Report on sanitation, dispensaries, and jails in Rajputana for 1916, and on vaccination for the year 1916-1917 - 1916-1917
Year: 1916
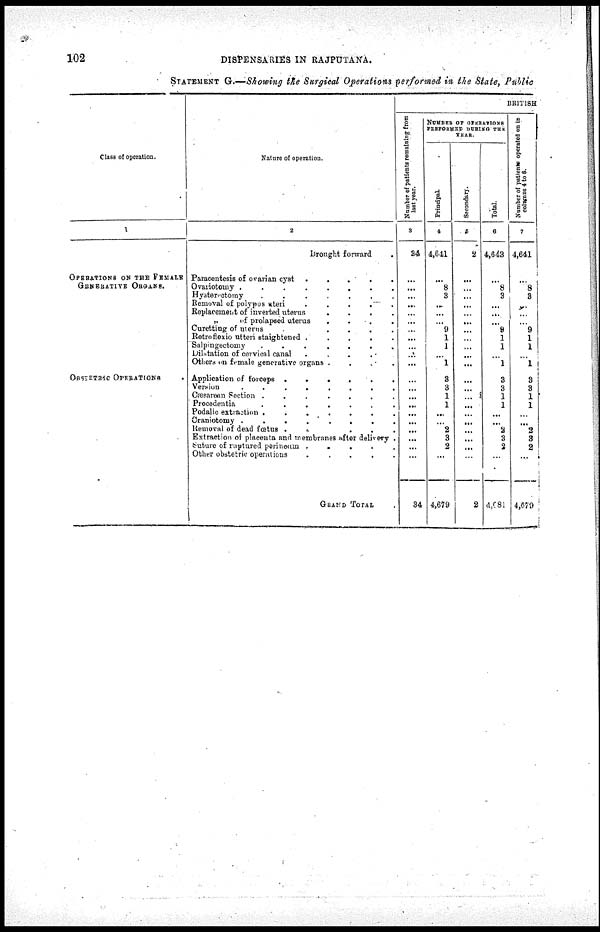
102
DISPENSARIES IN RAJPUTANA.
STATEMENT G.—Showing the Surgical Operations performed in the State, Public
Class of operation.
1
OPERATIONS ON THE FEMALE
GENERATIVE ORGANS.
OBSTETRIC OPERATIONS
Nature of operation.
2
Brought forward .
Paracentesis of ovarian cyst
.
.
.
.
.
Ovariotomy
........
Hysterectomy
.......
Removal of polypus uteri
.
.
.
.
.
Replacement of inverted uterus
.
.
.
.
„
of prolapsed uterus
.
.
.
.
Curetting of uterus
.
.
.
.
Retro flexio utteri staightened
.
.
.
.
.
Salpingectomy
.......
Dilatation of cervical canal
.
.
.
.
Others on female generative organs
.
.
.
.
Application of forceps
......
Version
........
Cresarean Section
.......
Procedentia
.......
Podalic extinction
.......
Craniotomy
........
Removal of dead fœtus
.
.
.
.
.
Extraction of placenta and membranes after delivery .
Suture of ruptured perineum
.
.
.
.
.
Other obstetric operations
.
.
.
.
.
GRAND TOTAL
BRITISH
Number of patients remaining from
last year.
3
34
...
...
...
...
...
...
...
...
...
...
...
...
...
...
...
...
...
...
...
...
...
34
NUMBER OF OPERATIONS
PERFORMED DURING THE
YEAR.
Principal.
4
4,641
...
8
3
...
...
...
9
1
1
...
1
3
3
1
1
...
...
2
3
2
...
4,679
Secondary.
5
2
...
...
...
...
...
...
...
...
...
...
...
...
...
...
...
...
...
...
...
...
...
2
Total.
6
4,643
...
8
3
...
...
...
9
1
1
...
1
3
3
1
1
...
...
2
3
2
...
4,681
Number of patients operated on in
columns 4 to 6.
7
4,641
...
8
3
...
...
...
9
1
1
...
1
3
3
1
1
...
...
3
3
2
...
4,679